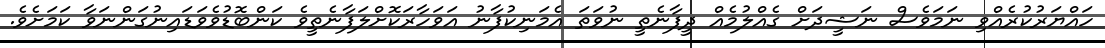
ހައްޔަރުކުރެއްވި ނަމަވެސް ނަޝީދަށް ގެއްލުމެއް ދީފާނެތީ ނުވަަތަ އެމަނިކުފާނު އަވަހާރަކޮށްލަފާނެތީވެ ކަންބޮޑުވެވަޑައިނުގަންނަވާ ކަމަށެވެ.